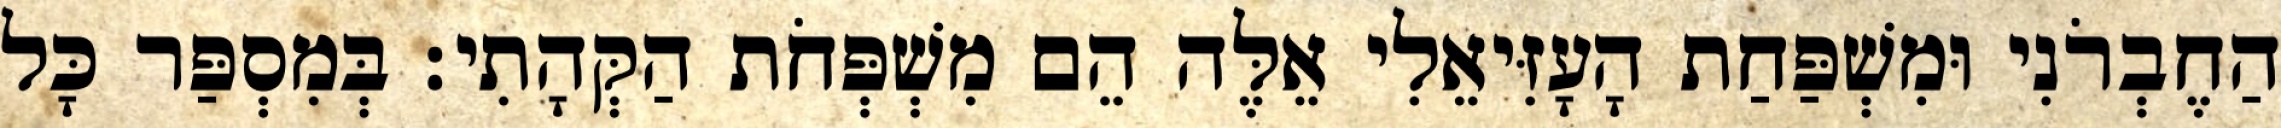
הַחֶבְרֹנִי וּמִשְׁפַּחַת הָעָזִּיאֵלִי אֵלֶּה הֵם מִשְׁפְּחֹת הַקְּהָתִי׃ בְּמִסְפַּר כָּל